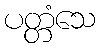
ပတ္တံသေ